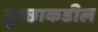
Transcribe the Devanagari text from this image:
पुच्छाकडील